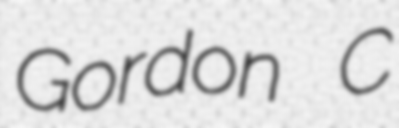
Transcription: Gordon C